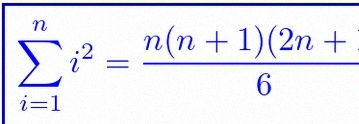
\sum_{i=1}^{n}i^2=\frac{n(n+1)(2n+1)}6